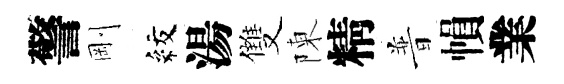
警剛紋湯雙陳精普𢄙業